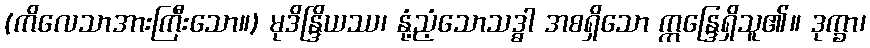
(ကိလေသာအားကြီးသော။) မုဒိန္ဒြိယဿ၊ နုံ့ညံ့သောသဒ္ဓါ အစရှိသော ဣန္ဒြေရှိသူ၏။ ဒုက္ခာ၊